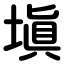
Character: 塡